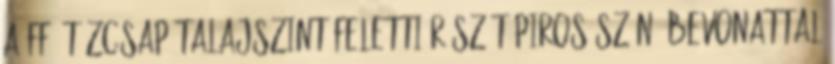
A ff. tûzcsap talajszint feletti részét piros színû bevonattal